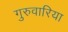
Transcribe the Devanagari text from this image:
गुरुवारिया